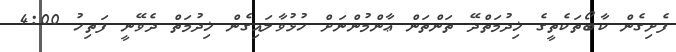
ފެށިގެން ކާބޯތަކެތީގެ ޚިދުމަތްދޭ ތަންތަން ޢާންމުންނަށް ހުޅުވާލައިގެން ޚިދުމަތް ދެވޭނީ ފަތިހު 4:00